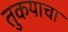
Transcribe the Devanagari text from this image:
तुकयाचा